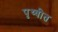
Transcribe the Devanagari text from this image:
पृथ्वीत